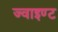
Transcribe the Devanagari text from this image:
ज्वाइण्ट